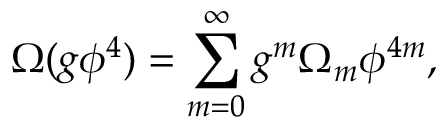
\Omega ( g \phi ^ { 4 } ) = \sum _ { m = 0 } ^ { \infty } g ^ { m } \Omega _ { m } \phi ^ { 4 m } ,